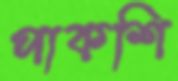
পাকশি